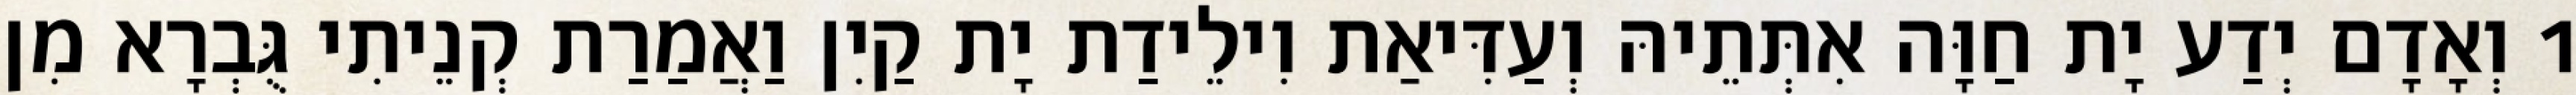
1 וְאָדָם יְדַע יָת חַוָּה אִתְּתֵיהּ וְעַדִּיאַת וִילֵידַת יָת קַיִן וַאֲמַרַת קְנֵיתִי גֻּבְרָא מִן